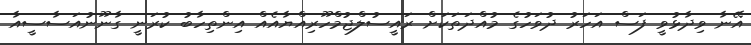
އޭނާ ވިދާޅުވީ ފަސް އަހަރު ދުވަހުގެ މުއްދަތަކަށް ރައީސުލްޖުމްހޫރިއްޔާއެއް އިންތިހާބު ކުރަނީ ގާނޫނުއަސާސީއާ